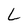
Character: L